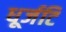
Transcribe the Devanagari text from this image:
धूर्जटि